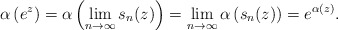
\begin{align*}\alpha \left(e^z\right) = \alpha \left( \lim_{n \rightarrow \infty} s_n(z) \right) = \lim_{n \rightarrow \infty} \alpha \left(s_n(z) \right) = e^{\alpha(z)}.\end{align*}